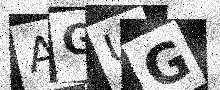
Text: AGUG